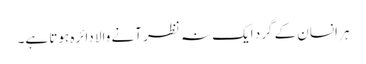
ہر انسان کے گرد ایک نہ نظر آنے والا دائرہ ہوتا ہے۔